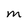
Character: M